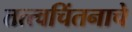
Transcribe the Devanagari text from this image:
तत्त्वचिंतनाचे